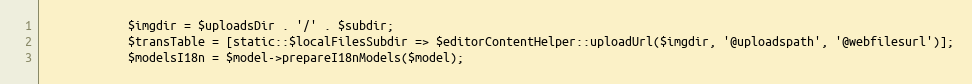
Language: PHP
            $imgdir = $uploadsDir . '/' . $subdir;
            $transTable = [static::$localFilesSubdir => $editorContentHelper::uploadUrl($imgdir, '@uploadspath', '@webfilesurl')];
            $modelsI18n = $model->prepareI18nModels($model);